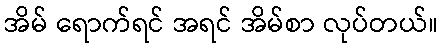
အိမ် ရောက်ရင် အရင် အိမ်စာ လုပ်တယ်။